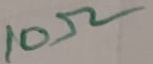
Text: 10Ω